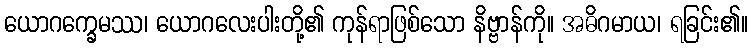
ယောဂက္ခေမဿ၊ ယောဂလေးပါးတို့၏ ကုန်ရာဖြစ်သော နိဗ္ဗာန်ကို။ အဓိဂမာယ၊ ရခြင်း၏။